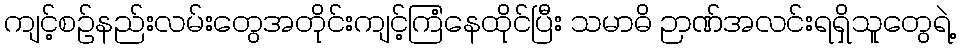
ကျင့်စဉ်နည်းလမ်းတွေအတိုင်းကျင့်ကြံနေထိုင်ပြီး သမာဓိ ဉာဏ်အလင်းရရှိသူတွေရဲ့